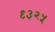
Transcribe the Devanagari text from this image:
९३२५